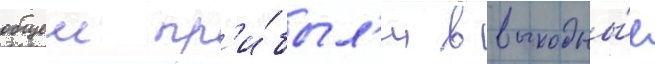
общеи пр'и́был'и в выходны́е